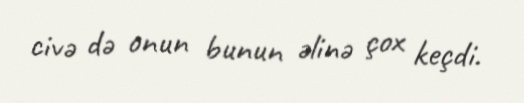
civə də onun bunun əlinə çox keçdi.